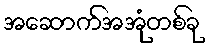
အဆောက်အအုံတစ်ခု